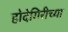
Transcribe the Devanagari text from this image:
होदेगिरीच्या